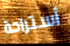
أستراحة